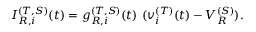
I _ { R , i } ^ { ( T , S ) } ( t ) = g _ { R , i } ^ { ( T , S ) } ( t ) ~ ( v _ { i } ^ { ( T ) } ( t ) - V _ { R } ^ { ( S ) } ) .